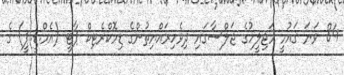
84 ވަނަ ޤައުމީ މަޖިލީހުގެ ޖަލްސާގައި ދިވެހިރައްޔިތުންގެ ޑިމޮކްރެޓިކް ޕާޓީ (އެމް.ޑީ.ޕީ) ގެ